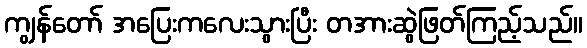
ကျွန်တော် အပြေးကလေးသွားပြီး တအားဆွဲဖြတ်ကြည့်သည်။